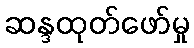
ဆန္ဒထုတ်ဖော်မှု